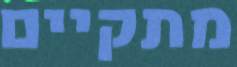
מתקיים